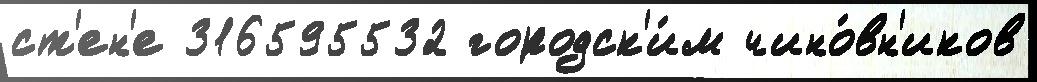
ст'ен'е 316595532 городск'и́м чино́вн'иков